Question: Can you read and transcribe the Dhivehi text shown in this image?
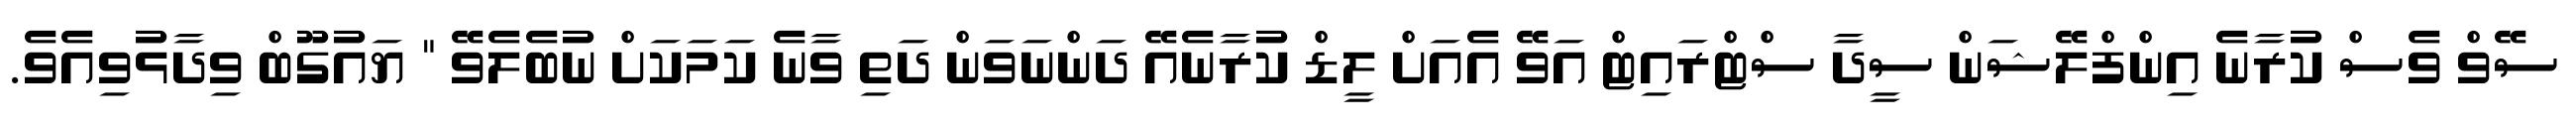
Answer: ސޭވް ވެސް ކުރާނެ އިންފްލޭޝަން ސީދާ ސްޓްރައިޓް އަވޭ އެއަށް ލީޑް ކުރާނެއޭ ދަންނަވަން ދަތި ވާނެ ކަމަކަށް ނުބެލެވޭ " ޔައުގޫބް ވިދާޅުވިއެވެ.